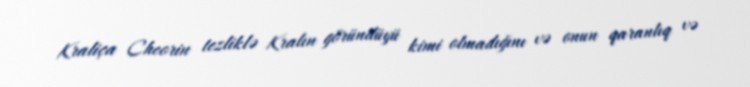
Kraliça Cheorin tezliklə Kralın göründüyü kimi olmadığını və onun qaranlıq və